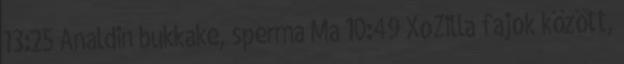
13:25 Analdin bukkake, sperma Ma 10:49 XoZilla fajok között,